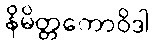
နိမိတ္တကောဝိဒါ